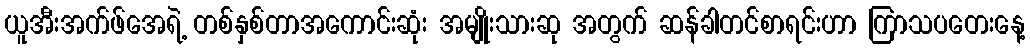
ယူအီးအက်ဖ်အေရဲ့ တစ်နှစ်တာအကောင်းဆုံး အမျိုးသားဆု အတွက် ဆန်ခါတင်စာရင်းဟာ ကြာသပတေးနေ့